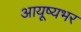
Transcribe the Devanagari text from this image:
आयूष्यभर